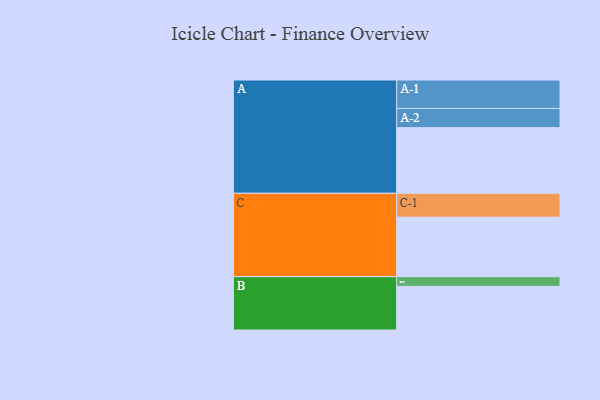
{"axis": {"x": "Segment", "y": "Value"}, "legend": ["", "A", "B", "C"], "data": [{"x": "A", "y": 565, "type": ""}, {"x": "B", "y": 376, "type": ""}, {"x": "C", "y": 512, "type": ""}, {"x": "A-1", "y": 245, "type": "A"}, {"x": "A-2", "y": 165, "type": "A"}, {"x": "B-1", "y": 83, "type": "B"}, {"x": "C-1", "y": 206, "type": "C"}]}